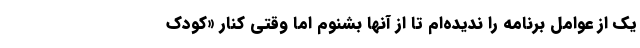
یک از عوامل برنامه را ندیده‌ام تا از آنها بشنوم اما وقتی کنار «کودک